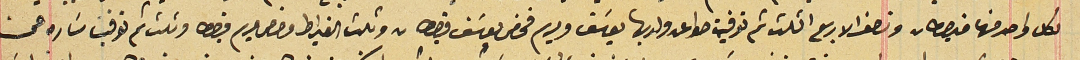
لكل واحد منها قيراطان ونصف الا ربع الثلث ثم توفيت حوا عن ولديها يوسَف ومريم فخص يوسَف قيراطان وثلث القيراط وخص مريم قيراط وثلث ثم توفيت سَاره عن